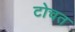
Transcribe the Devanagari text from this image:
टोचत